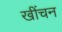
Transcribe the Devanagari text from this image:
खींचन